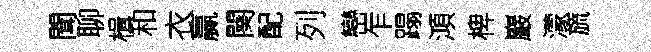
聞聊楫和衣贏闋配列巒乍蹋澒椑巖濛旒